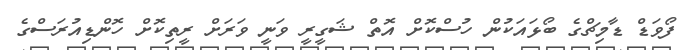
ފޯވަޑް ޑާމިޗްގެ ބޯޅައަކުން ހުސްކޮށް އޮތް ޝަގީރީ ވަނީ ވަރަށް ރީތިކޮށް ހޮންޑިއުރަސްގެ